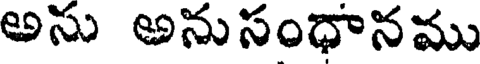
అను అనుసంధానము